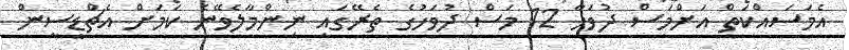
އެމަސައްކަތް އަށްމަސް ދުވަހާ 12 މަސް ދުވަހުގެ ތެރޭގައި ނިންމާލެވޭނެ ކަމަށް އެޗްޑީސީން